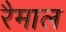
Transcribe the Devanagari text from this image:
रैमाल